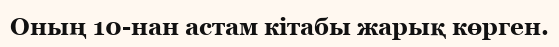
Оның 10-нан астам кітабы жарық көрген.